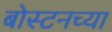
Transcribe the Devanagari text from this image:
बोस्टनच्या